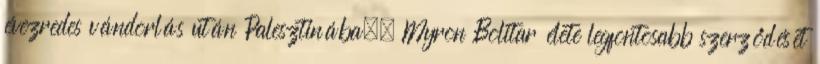
évezredes vándorlás után Palesztinába,. Myron Bolitar élete legfontosabb szerződését